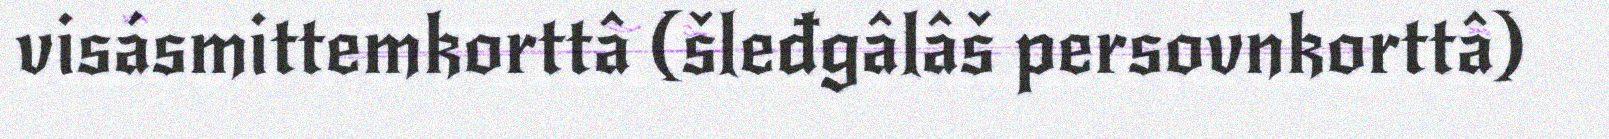
visásmittemkorttâ (šleđgâlâš persovnkorttâ)